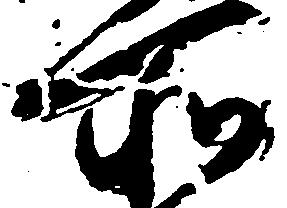
所